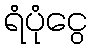
ရံပုံငွေ